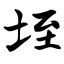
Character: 垤